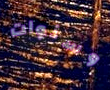
وسنوات